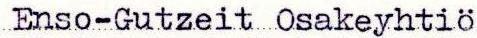
Enso-Gutzeit Osakeyhtiö